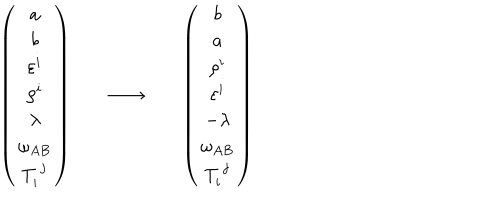
\begin{array} { c c c } { { \left( \begin{array} { c } { { a } } \\ { { b } } \\ { { \varepsilon ^ { i } } } \\ { { \rho ^ { i } } } \\ { { \lambda } } \\ { { \omega _ { A B } } } \\ { { T _ { i } ^ { ~ j } } } \\ \end{array} \right) ~ } } & { { \longrightarrow } } & { { ~ \left( \begin{array} { c } { { b } } \\ { { a } } \\ { { \rho ^ { i } } } \\ { { \varepsilon ^ { i } } } \\ { { - \lambda } } \\ { { \omega _ { A B } } } \\ { { T _ { i } ^ { ~ j } } } \\ \end{array} \right) } } \\ \end{array}